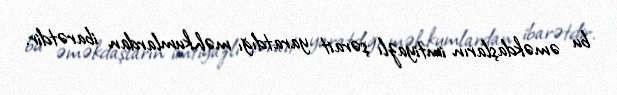
bu əməkdaşların imtiyazlı şərait yaratdığı məhkumlardan ibarətdir.